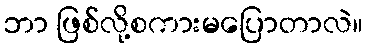
ဘာ ဖြစ်လို့စကားမပြောတာလဲ။